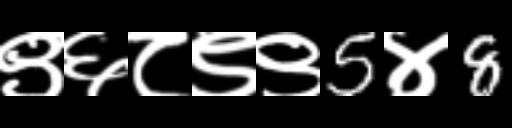
Text: ९६८९९5४8